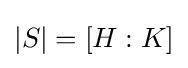
|S|=[H:K]